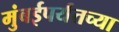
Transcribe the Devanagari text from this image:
मुंबईपर्यंतच्या